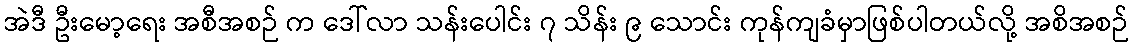
အဲဒီ ဦးမော့ရေး အစီအစဉ် က ဒေါ်လာ သန်းပေါင်း ၇ သိန်း ၉ သောင်း ကုန်ကျခံမှာဖြစ်ပါတယ်လို့ အစိအစဉ်